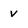
Character: v